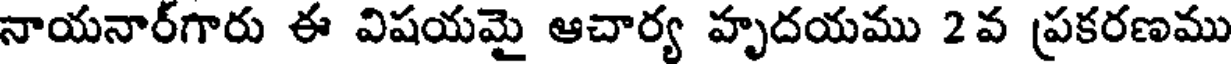
నాయనార్గారు ఈ విషయమై ఆచార్య హృదయము 2వ ప్రకరణము